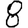
Digit: 8